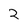
Character: 2